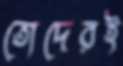
তোদেরই